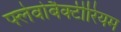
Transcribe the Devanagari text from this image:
फ्लेवोबैक्टीरियम